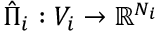
\hat { \Pi } _ { i } : V _ { i } \rightarrow \mathbb { R } ^ { N _ { i } }